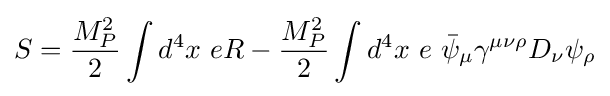
S={\frac {M_{P}^{2}}{2}}\int d^{4}x\ eR-{\frac {M_{P}^{2}}{2}}\int d^{4}x\ e\ {\bar {\psi }}_{\mu }\gamma ^{\mu \nu \rho }D_{\nu }\psi _{\rho }